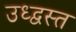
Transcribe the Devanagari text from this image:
उध्द्वस्त